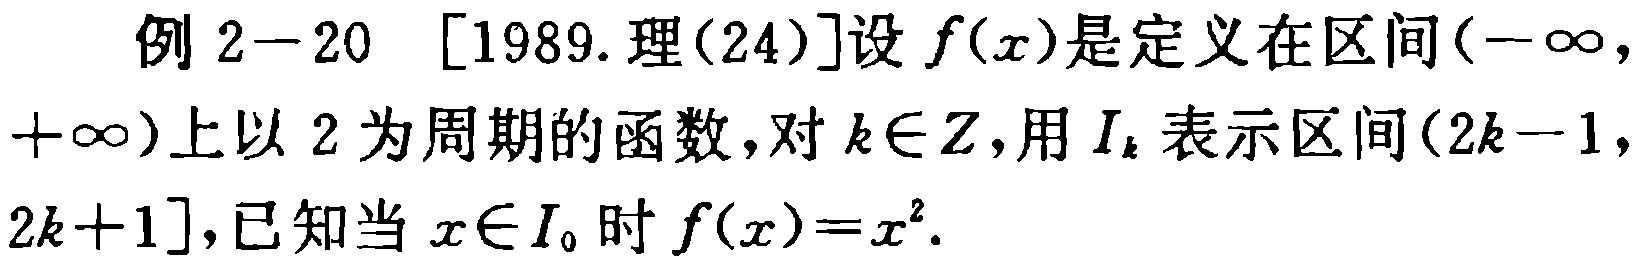
例 2−20 [1989.理(24)]设 \(f(x)\)是定义在区间\((-\infty,+\infty)\)上以 2 为周期的函数，对 \(k\in Z\)，用 \(I_{k}\)表示区间\((2k - 1,2k + 1]\)，已知当 \(x\in I_{0}\)时\(f(x)=x^{2}\)。